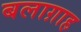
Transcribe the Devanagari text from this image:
बलाग़ाह